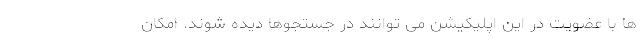
ها با عضویت در این اپلیکیشن می توانند در جستجوها دیده شوند. امکان